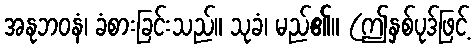
အနုဘဝနံ၊ ခံစားခြင်းသည်။ သုခံ၊ မည်၏။ (ဤနှစ်ပုဒ်ဖြင့်